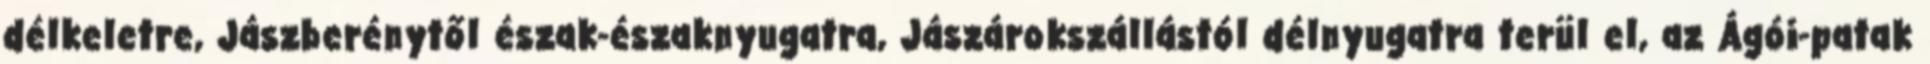
délkeletre, Jászberénytől észak-északnyugatra, Jászárokszállástól délnyugatra terül el, az Ágói-patak